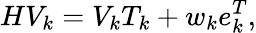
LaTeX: HV_{k}=V_{k}T_{k}+w_{k}e_{k}^{T},